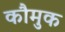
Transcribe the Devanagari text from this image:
कौमुक